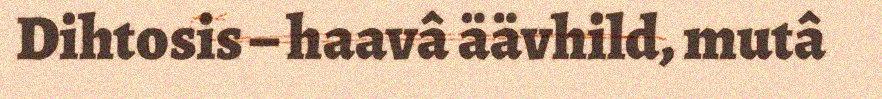
Dihtosis – haavâ äävhild, mutâ